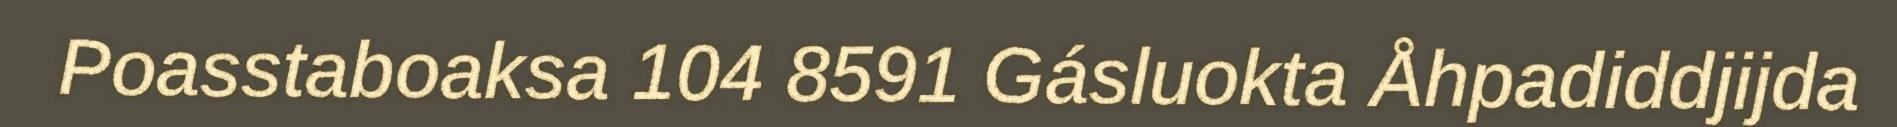
Poasstaboaksa 104 8591 Gásluokta Åhpadiddjijda